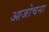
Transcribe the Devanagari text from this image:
आजोचना